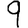
Digit: 9